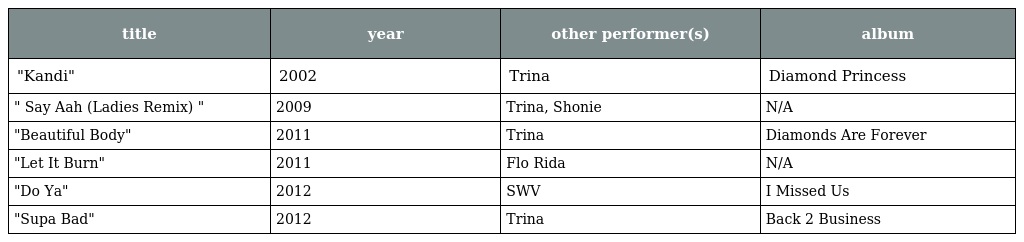
| title | year | other performer(s) | album |
 | --- | --- | --- | --- |
 | "Kandi" | 2002 | Trina | Diamond Princess |
 | " Say Aah (Ladies Remix) " | 2009 | Trina, Shonie | N/A |
 | "Beautiful Body" | 2011 | Trina | Diamonds Are Forever |
 | "Let It Burn" | 2011 | Flo Rida | N/A |
 | "Do Ya" | 2012 | SWV | I Missed Us |
 | "Supa Bad" | 2012 | Trina | Back 2 Business |